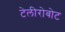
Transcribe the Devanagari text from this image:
टेलीरोबोट